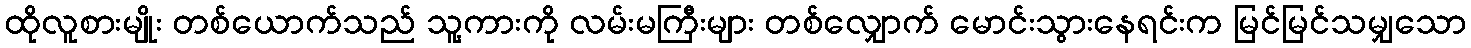
ထိုလူစားမျိုး တစ်ယောက်သည် သူ့ကားကို လမ်းမကြီးများ တစ်လျှောက် မောင်းသွားနေရင်းက မြင်မြင်သမျှသော